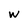
Character: w